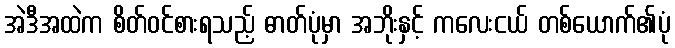
အဲဒီအထဲက စိတ်ဝင်စားရသည့် ဓာတ်ပုံမှာ အဘိုးနှင့် ကလေးငယ် တစ်ယောက်၏ပုံ